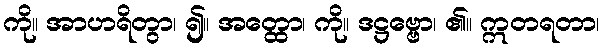
ကို။ အာဟရိတွာ၊ ၍။ အတ္ထော၊ ကို။ ဒဋ္ဌဗ္ဗော၊ ၏။ ဣတရတာ၊